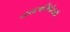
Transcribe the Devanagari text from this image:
नगरपरिषदेसाठी